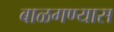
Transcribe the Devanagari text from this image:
बाळगण्यास